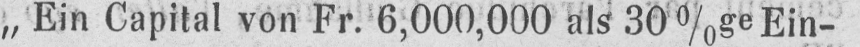
„Ein Capital von Fr. 6,000,000 als 30%ge Ein-